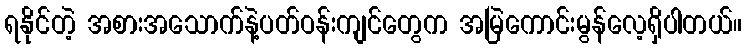
ရနိုင်တဲ့ အစားအသောက်နဲ့ပတ်ဝန်းကျင်တွေက အမြဲကောင်းမွန်လေ့ရှိပါတယ်။